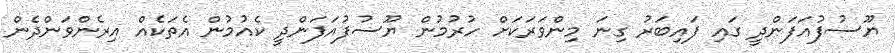
ޔޫސުފުއަފަންދީ ގައި ފައިބަރު ގިނަ މިންވަރަކަށް ހުރުމުން ޔޫސުފުއަފަންދީ ކެއުމުން އެތަކެއް އިރެންވަންދެން